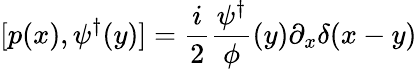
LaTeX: [p(x),\psi^{\dagger}(y)]={\frac{i}{2}}{\frac{\psi^{\dagger}}{\phi}}(y)\partial_{x}\delta(x-y)